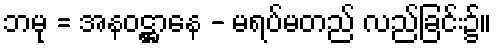
ဘမု = အနဝဋ္ဌာနေ - မရပ်မတည် လည်ခြင်း၌။